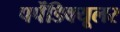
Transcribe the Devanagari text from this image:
पर्पेंडिक्यूलर